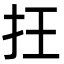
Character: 抂